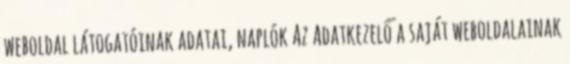
weboldal látogatóinak adatai, naplók Az Adatkezelő a saját weboldalainak